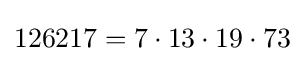
126217=7\cdot 13\cdot 19\cdot 73